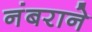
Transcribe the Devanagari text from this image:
नंबराने